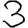
Digit: 3